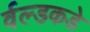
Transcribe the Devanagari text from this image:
र्वल्डकडे